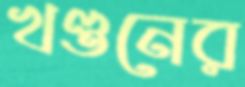
খণ্ডনের